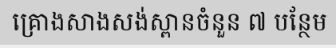
គ្រោងសាងសង់ស្ពានចំនួន ៧ បន្ថែម